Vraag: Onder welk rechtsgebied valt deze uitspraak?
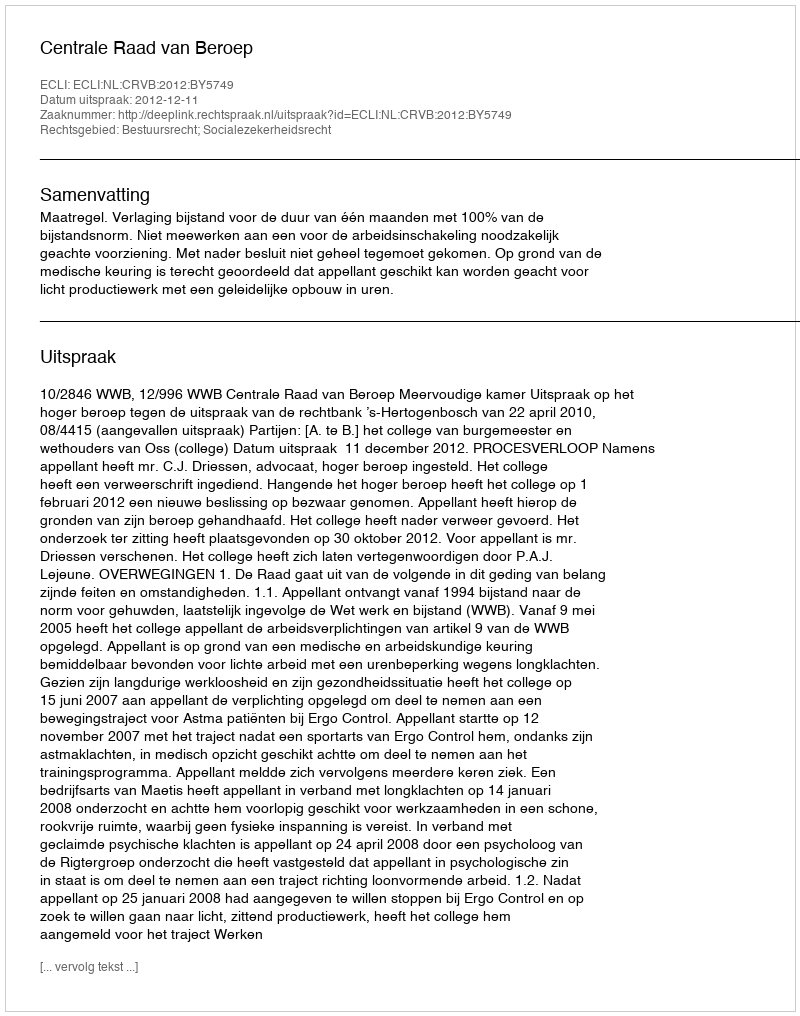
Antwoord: Bestuursrecht; Socialezekerheidsrecht